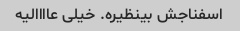
اسفناجش بینظیره. خیلی عاااالیه